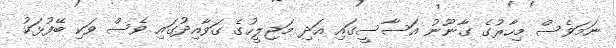
ނަމަވެސް މިހާރުގެ ގާނޫނު އަސާސީގައި އަދި މަޖިލީހުގެ ގަވާއިދުގައި ވެސް ވަކި ބޭފުޅަކު